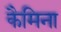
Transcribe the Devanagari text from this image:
कैमिना